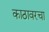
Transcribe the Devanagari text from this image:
काठावरचा